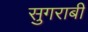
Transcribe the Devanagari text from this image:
सुगराबी